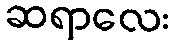
ဆရာလေး